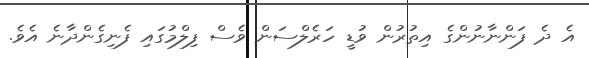
އެ ދެ ފަންނާނުންގެ އިތުރުން ވުޑީ ހަރެލްސަން ވެސް ފިލްމުގައި ފެނިގެންދާނެ އެވެ.